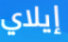
إيلاي